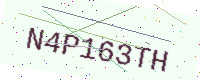
Text: N4P163TH